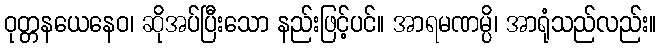
ဝုတ္တနယေနေဝ၊ ဆိုအပ်ပြီးသော နည်းဖြင့်ပင်။ အာရမဏမ္ပိ၊ အာရုံသည်လည်း။